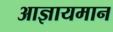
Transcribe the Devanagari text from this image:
आज्ञायमान